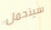
سيتحمل